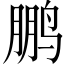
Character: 鹏